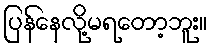
ပြန်နေလို့မရတော့ဘူး။